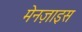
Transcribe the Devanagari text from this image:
मेनज़ाइस